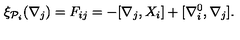
\xi _ { { \cal P } _ { i } } ( \nabla _ { j } ) = F _ { i j } = - [ \nabla _ { j } , X _ { i } ] + [ \nabla _ { i } ^ { 0 } , \nabla _ { j } ] .